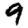
Digit: 9